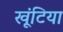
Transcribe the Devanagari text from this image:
खूंटिया